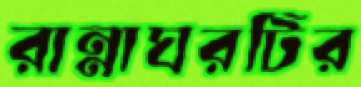
রান্নাঘরটির